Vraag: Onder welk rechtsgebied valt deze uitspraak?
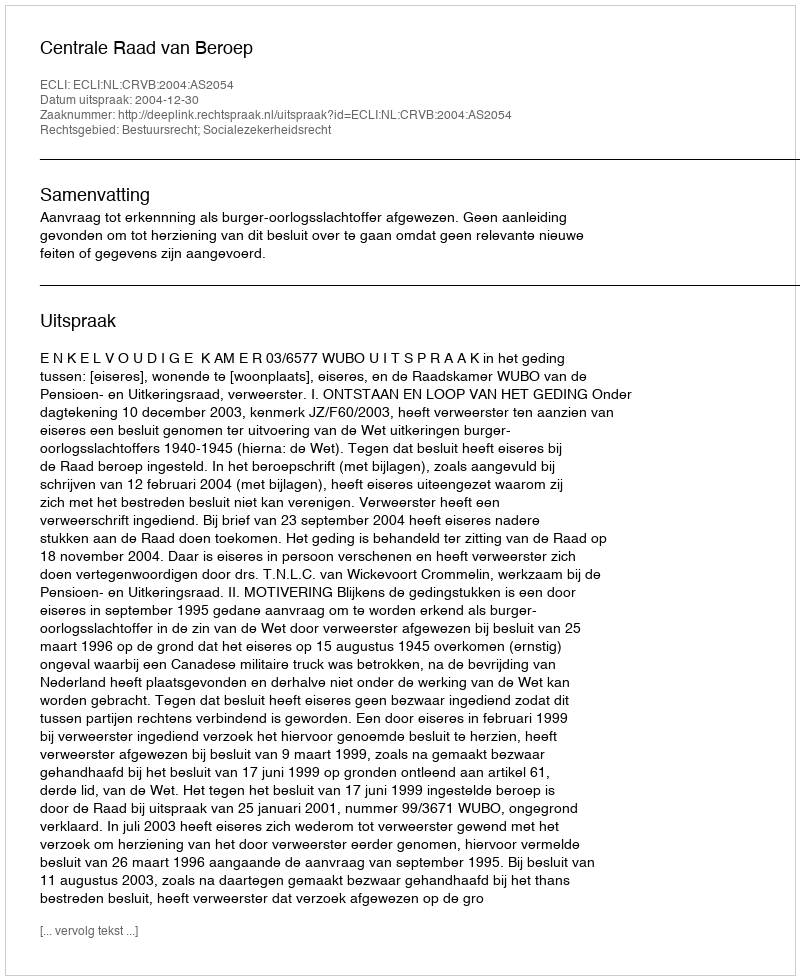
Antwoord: Bestuursrecht; Socialezekerheidsrecht